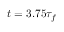
t = 3 . 7 5 \tau _ { f }